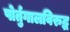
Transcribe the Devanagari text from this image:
पोर्तुगालविरुद्ध